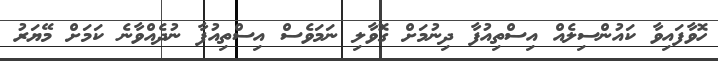
ހޮވާފައިވާ ކައުންސިލެއް އިސްތިއުފާ ދިނުމަށް ގޮވާލި ނަމަވެސް އިސްތިއުފާ ނުދެއްވާނެ ކަމަށް މޭޔަރު